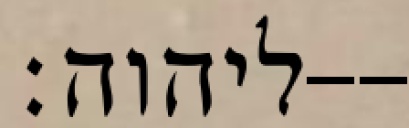
ליהוה׃--